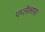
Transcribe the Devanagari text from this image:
पर्प्लेक्सस